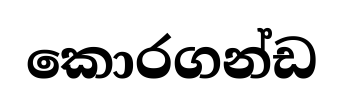
කොරගන්ඩ